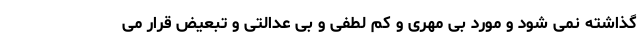
گذاشته نمی شود و مورد بی مهری و کم لطفی و بی عدالتی و تبعیض قرار می